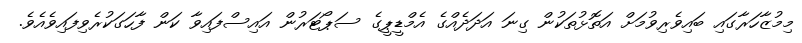
މިމުޒާހަރާގައި ބައިވެރިވުމަށް އަތޮޅުތަކުން ގިނަ އަދަދެއްގެ އެމްޑީޕީގެ ސަޕޯޓަރުން އައިސްފައިވާ ކަން ފާހަގަކުރެވިފައިވެއެވެ.